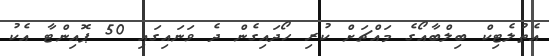
އެތުލެޓިކް ބިލްބާއޯގެ މައްޗަށް ކުރި ހޯދައިގެން ދެ ވަނައިގައި 50 ޕޮއިންޓާ އެކު